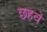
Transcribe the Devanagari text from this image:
छहवे